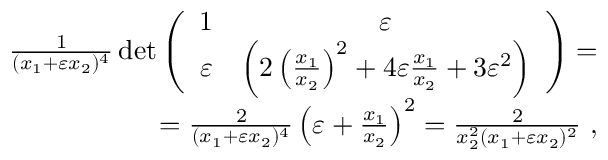
\begin{array} { r } { \frac { 1 } { ( x _ { 1 } + \varepsilon x _ { 2 } ) ^ { 4 } } \operatorname* { d e t } \left( \begin{array} { c c } { 1 } & { \varepsilon } \\ { \varepsilon } & { \left( 2 \left( \frac { x _ { 1 } } { x _ { 2 } } \right) ^ { 2 } + 4 \varepsilon \frac { x _ { 1 } } { x _ { 2 } } + 3 \varepsilon ^ { 2 } \right) } \end{array} \right) = } \\ { = \frac { 2 } { ( x _ { 1 } + \varepsilon x _ { 2 } ) ^ { 4 } } \left( \varepsilon + \frac { x _ { 1 } } { x _ { 2 } } \right) ^ { 2 } = \frac { 2 } { x _ { 2 } ^ { 2 } ( x _ { 1 } + \varepsilon x _ { 2 } ) ^ { 2 } } \ , } \end{array}